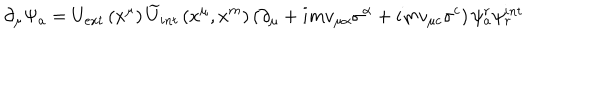
\partial _ { \mu } \Psi _ { a } = U _ { e x t } \left( x ^ { \mu } \right) \widetilde { U } _ { i n t } \left( x ^ { \mu } , x ^ { m } \right) \left( \partial _ { \mu } + i m v _ { \mu \alpha } \sigma ^ { \alpha } + i m v _ { \mu c } \sigma ^ { c } \right) \psi _ { a } ^ { r } \psi _ { r } ^ { i n t }